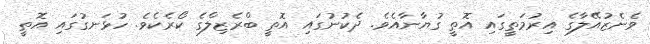
ވެނެޒުއޭލާގެ އިރުމަތީގައި އޮތީ ގުޔާނާއެވެ. ދެކުނުގައި އޮތީ ބްރެޒިލްގެ ކޯރެކެވެ. ހުޅަނގުގައި އޮތީ